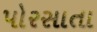
પોરસાતા